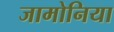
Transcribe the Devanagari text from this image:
जामोनिया